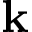
\mathbf { k }